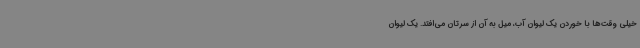
خیلی وقت‌ها با خوردن یک لیوان آب، میل به آن از سرتان می‌افتد. یک لیوان